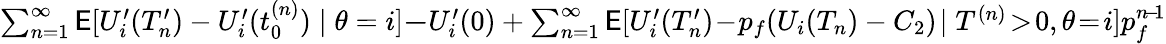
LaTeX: \begin{array}{r}{\sum_{n=1}^{\infty}\mathsf{E}[U_{i}^{\prime}(T_{n}^{\prime})-U_{i}^{\prime}(t_{0}^{(n)})\mid\theta=i]\le-U_{i}^{\prime}(0)+\sum_{n=1}^{\infty}\mathsf{E}[U_{i}^{\prime}(T_{n}^{\prime})\! -\! p_{f}(U_{i}(T_{n})-C_{2})\! \mid T^{(n)}\! >\! 0,\theta\! =\! i]p_{f}^{n\! -\! 1}}\end{array}